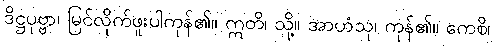
ဒိဋ္ဌပုဗ္ဗာ၊ မြင်လိုက်ဖူးပါကုန်၏။ ဣတိ၊ သို့။ အာဟံသု၊ ကုန်၏။ ကေစိ၊